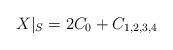
LaTeX: \begin{align*}X|_S = 2C_0 + C_{1,2,3,4}\end{align*}